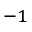
^ { - 1 }